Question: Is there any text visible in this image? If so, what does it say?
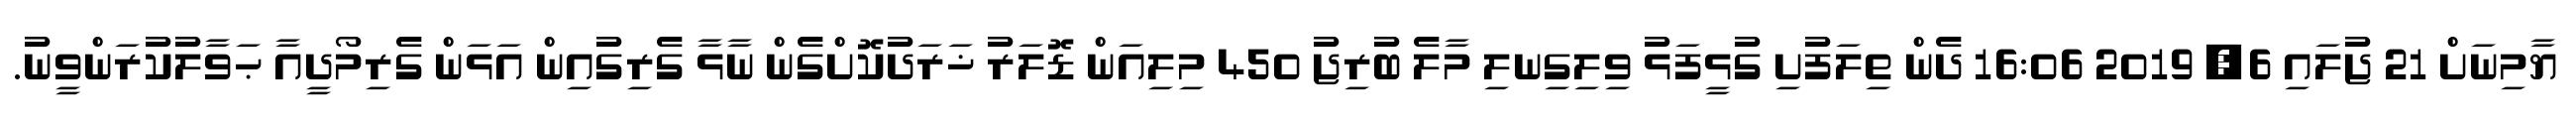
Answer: ޔާމިނަށް 21 ޖުލައި 6, 2019 16:06 ދެން ތިލަފުށި ގުޅީފަޅު ވިލިގިނލި މާލެ ބުރިޖު 450 މިލިއަން ޑޮލަރު ޚަރަދުކޮށްގެން ނާޅާ ގެރިގުއިން އަޅަން ގެރިމޯދީއާ ޙަވާލުކުރަންވީނު.